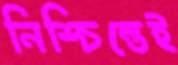
নিশ্চিন্তেই